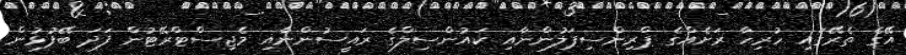
އޭގެ ތެރޭގައި ހުރިހާ ރަށެއްގެ ޕްރިންސިޕަލުންނާއި ކައުންސިލްގެ ރައީސުންނާއި މެޖިސްޓްރޭޓުން ފަދަ ބޭފުޅުން